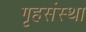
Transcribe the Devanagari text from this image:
गृहसंस्था